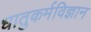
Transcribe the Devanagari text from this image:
धातुकर्मविज्ञान